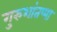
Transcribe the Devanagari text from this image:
गुरुशांतप्पा